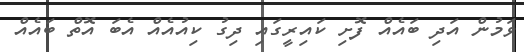
ވަމުން އަދި ބައެއް ފޮށި ކައިރީގައި ދިގު ކިއުއެއް އެބަ އޮތް ބައެއް